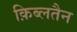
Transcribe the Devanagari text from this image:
क़िब्लतैन